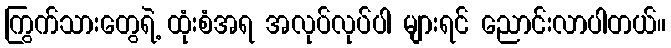
ကြွက်သားတွေရဲ့ ထုံးစံအရ အလုပ်လုပ်ပါ များရင် ညောင်းလာပါတယ်။